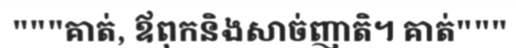
"""គាត់, ឪពុកនិងសាច់ញាតិ។ គាត់"""